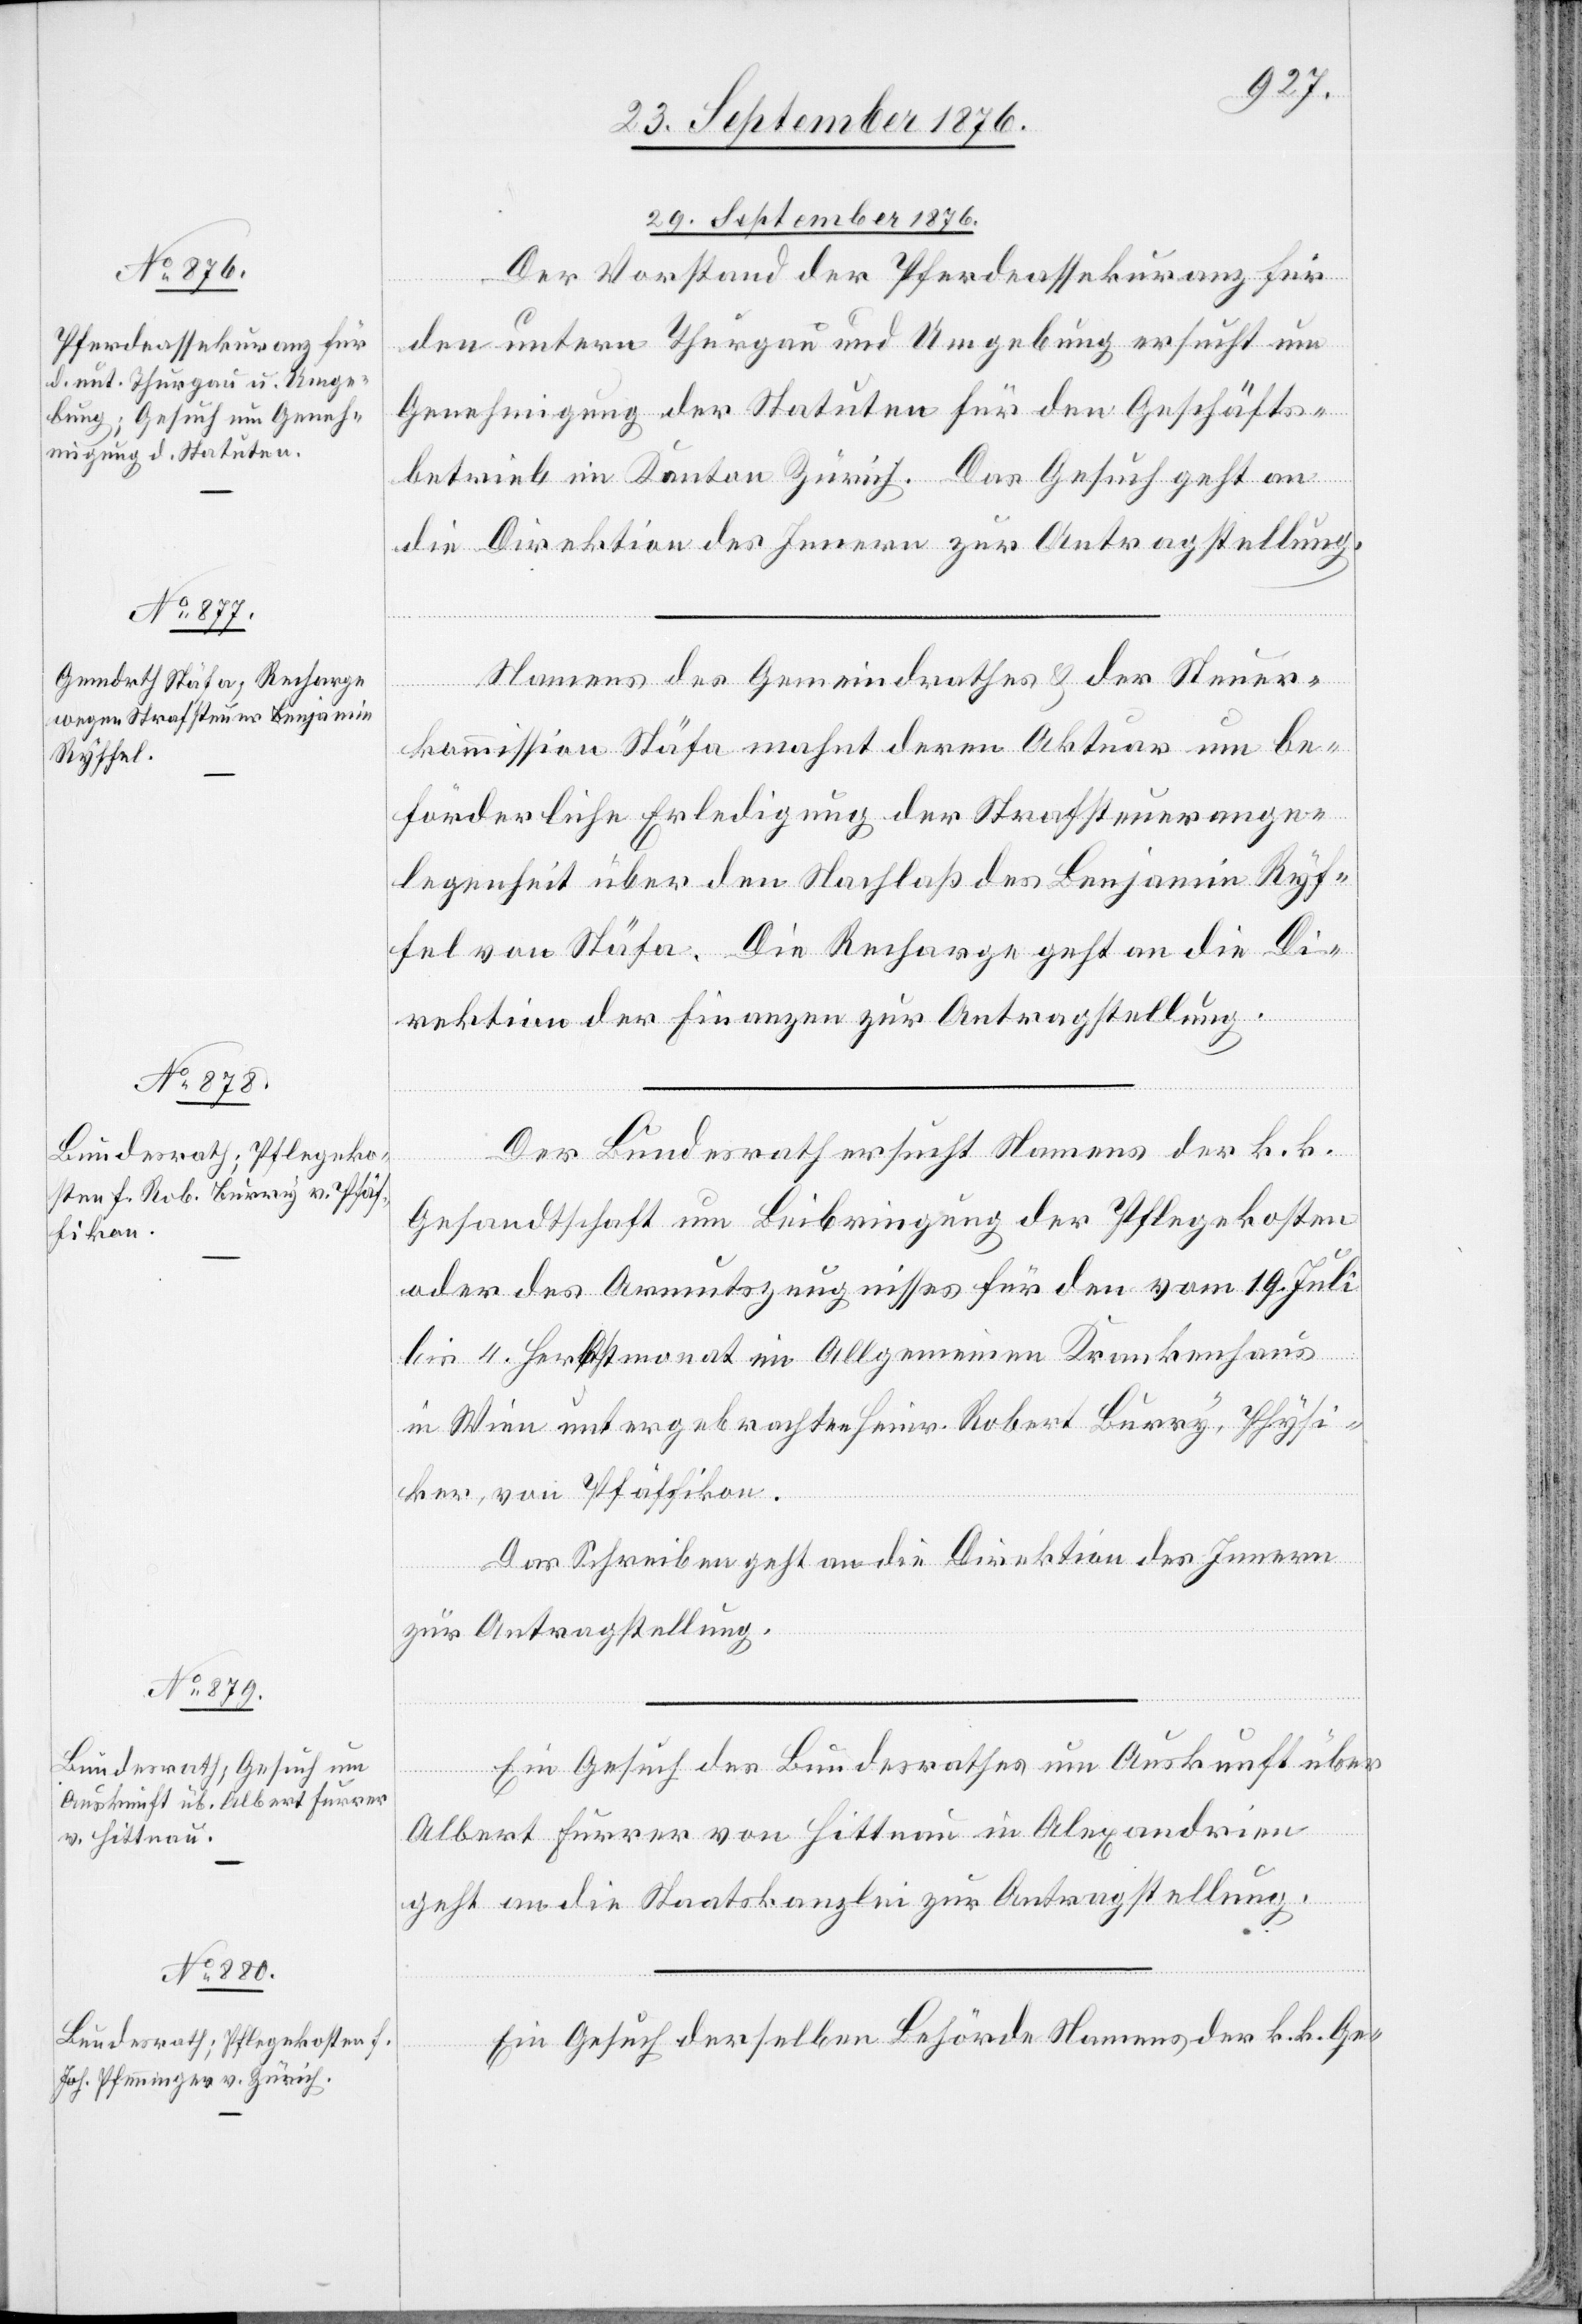
29. September 1876.]
Der Vorstand der Pferdeassekuranz für
den untern Thurgau und Umgebung ersucht um
Genehmigung der Statuten für den Geschäfts¬
betrieb im Kanton Zürich. Das Gesuch geht an
die Direktion des Innern zur Antragstellung.
Namens des Gemeindrathes & der Steuer¬
kommission Stäfa mahnt deren Aktuar um be¬
förderliche Erledigung der Strafsteuerange¬
legenheit über den Nachlaß des Benjamin Ryf¬
fel von Stäfa. Die Recharge geht an die Di¬
rektion der Finanzen zur Antragstellung.
Der Bundesrath ersucht Namens der k. k.
Gesandtschaft um Beibringung der Pflegekosten
oder des Armutszeugnisses für den vom 19. Juli
bis 4. Herbstmonat im Allgemeinen Krankenhaus
in Wien untergebrachten Heinr. Robert Burry, Physi¬
ker, von Pfäffikon.
Das Schreiben geht an die Direktion des Innern
zur Antragstellung.
Ein Gesuch des Bundesrathes um Auskunft über
Albert Furrer von Hittnau in Alexandrien
geht an die Staatskanzlei zur Antragstellung.
Ein Gesuch derselben Behörde Namens der k. k. Ge-